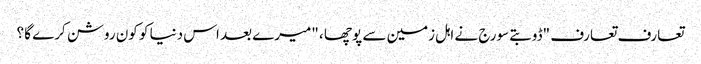
تعارف تعارف "ڈوبتے سورج نے اہل زمین سے پوچھا ، "میرے بعد اس دنیا کو کون روشن کرے گا ؟